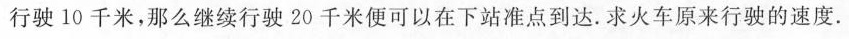
行驶10千米，那么继续行驶20千米便可以在下站准点到达.求火车原来行驶的速度.